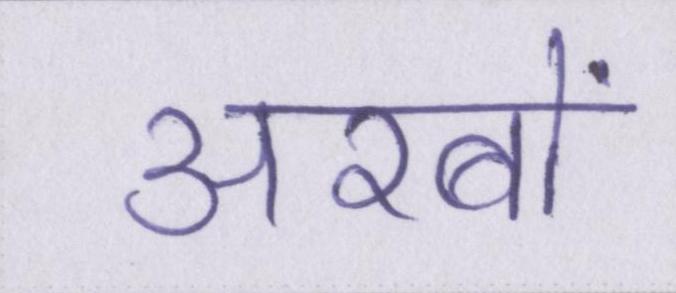
अरबों